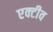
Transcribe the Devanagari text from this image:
एक्टीव